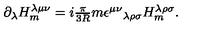
\partial _ { \lambda } H _ { m } ^ { \lambda \mu \nu } = i \textstyle { \frac { \pi } { 3 R } } m \epsilon ^ { \mu \nu } { } _ { \lambda \rho \sigma } H _ { m } ^ { \lambda \rho \sigma } .